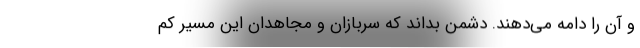
و آن را دامه می‌دهند. دشمن بداند که سربازان و مجاهدان این مسیر کم